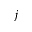
j